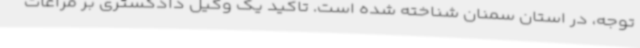
توجه، در استان سمنان شناخته شده است. تاکید یک وکیل دادگستری بر مراعات